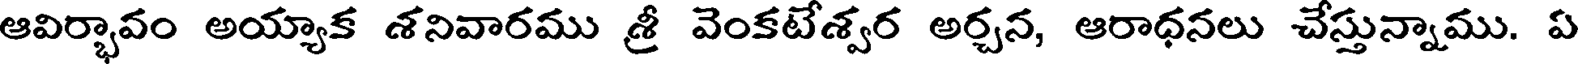
ఆవిర్భావం అయ్యాక శనివారము శ్రీ వెంకటేశ్వర అర్చన, ఆరాధనలు చేస్తున్నాము. ఏ